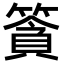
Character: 𥱷